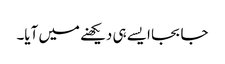
جا بجا ایسے ہی دیکھنے میں آیا۔